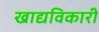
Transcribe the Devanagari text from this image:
खाद्यविकारी